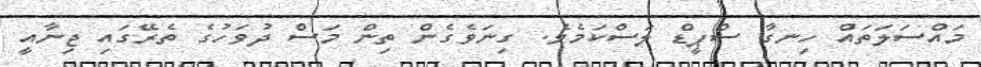
މައްސަލަތައް ހިނގާ ސްޕީޑް ލަސްކަމެވެ. ގިނަވެގެން ތިން މަސް ދުވަހުގެ ތެރޭގައި ޖިނާއީ